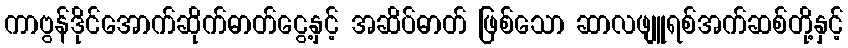
ကာဗွန်ဒိုင်အောက်ဆိုက်ဓာတ်ငွေ့နှင့် အဆိပ်ဓာတ် ဖြစ်သော ဆာလဖျူရစ်အက်ဆစ်တို့နှင့်